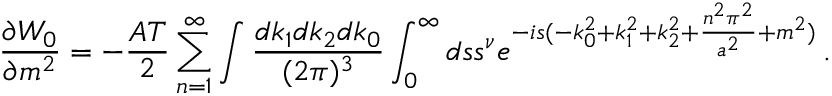
{ \frac { \partial W _ { 0 } } { \partial m ^ { 2 } } } = - { \frac { A T } { 2 } } \sum _ { n = 1 } ^ { \infty } \int { \frac { d k _ { 1 } d k _ { 2 } d k _ { 0 } } { ( 2 \pi ) ^ { 3 } } } \int _ { 0 } ^ { \infty } d s s ^ { \nu } e ^ { - i s ( - k _ { 0 } ^ { 2 } + k _ { 1 } ^ { 2 } + k _ { 2 } ^ { 2 } + { \frac { n ^ { 2 } \pi ^ { 2 } } { a ^ { 2 } } } + m ^ { 2 } ) } \, .